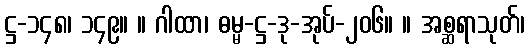
ဋ္ဌ-၁၄၈၊ ၁၄၉။ ။ ဂါထာ၊ ဓမ္မ-ဋ္ဌ-ဒု-အုပ်-၂၀၆။ ။ အစ္ဆရာသုတ်၊